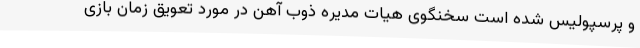
و پرسپولیس شده است سخنگوی هیات مدیره ذوب آهن در مورد تعویق زمان بازی